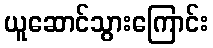
ယူဆောင်သွားကြောင်း